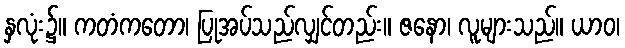
နှလုံး၌။ ကတံကတော၊ ပြုအပ်သည်လျှင်တည်း။ ဇနော၊ လူများသည်။ ယာဝ၊